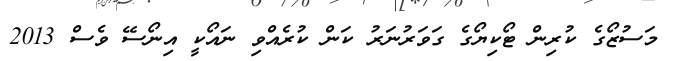
މަސުޒޯގެ ކުރިން ޓޯކިޔޯގެ ގަވަރުނަރު ކަން ކުރެއްވި ނައޯކީ އިނޯސޭ ވެސް 2013